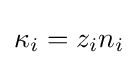
\kappa _{i}=z_{i}n_{i}